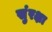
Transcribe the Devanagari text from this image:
सुंरक्षा